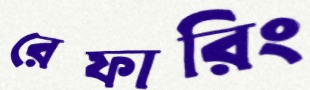
রেফারিং